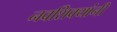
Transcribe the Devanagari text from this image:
नवशिक्यांनी